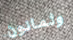
وثمانون